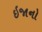
ઇજાનો